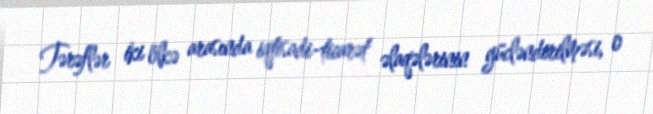
Tərəflər iki ölkə arasında iqtisadi-ticarət əlaqələrinin gücləndirilməsi, o